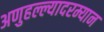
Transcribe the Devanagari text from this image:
अणुहल्ल्यादरम्यान